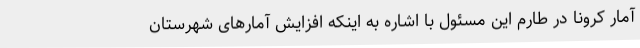
آمار کرونا در طارم این مسئول با اشاره به اینکه افزایش آمارهای شهرستان